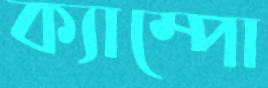
ক্যাম্পো